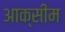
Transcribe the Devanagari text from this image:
आक्सीम